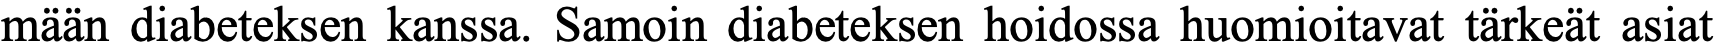
mään diabeteksen kanssa. Samoin diabeteksen hoidossa huomioitavat tärkeät asiat